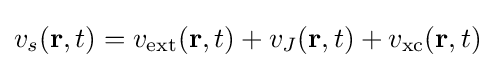
v_{s}(\mathbf {r} ,t)=v_{\rm {ext}}(\mathbf {r} ,t)+v_{J}(\mathbf {r} ,t)+v_{\rm {xc}}(\mathbf {r} ,t)